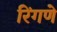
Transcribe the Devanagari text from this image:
रिंगणे